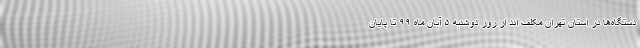
دستگاه‌ها در استان تهران مکلف اند از روز دوشنبه ۵ آبان ماه ۹۹ تا پایان